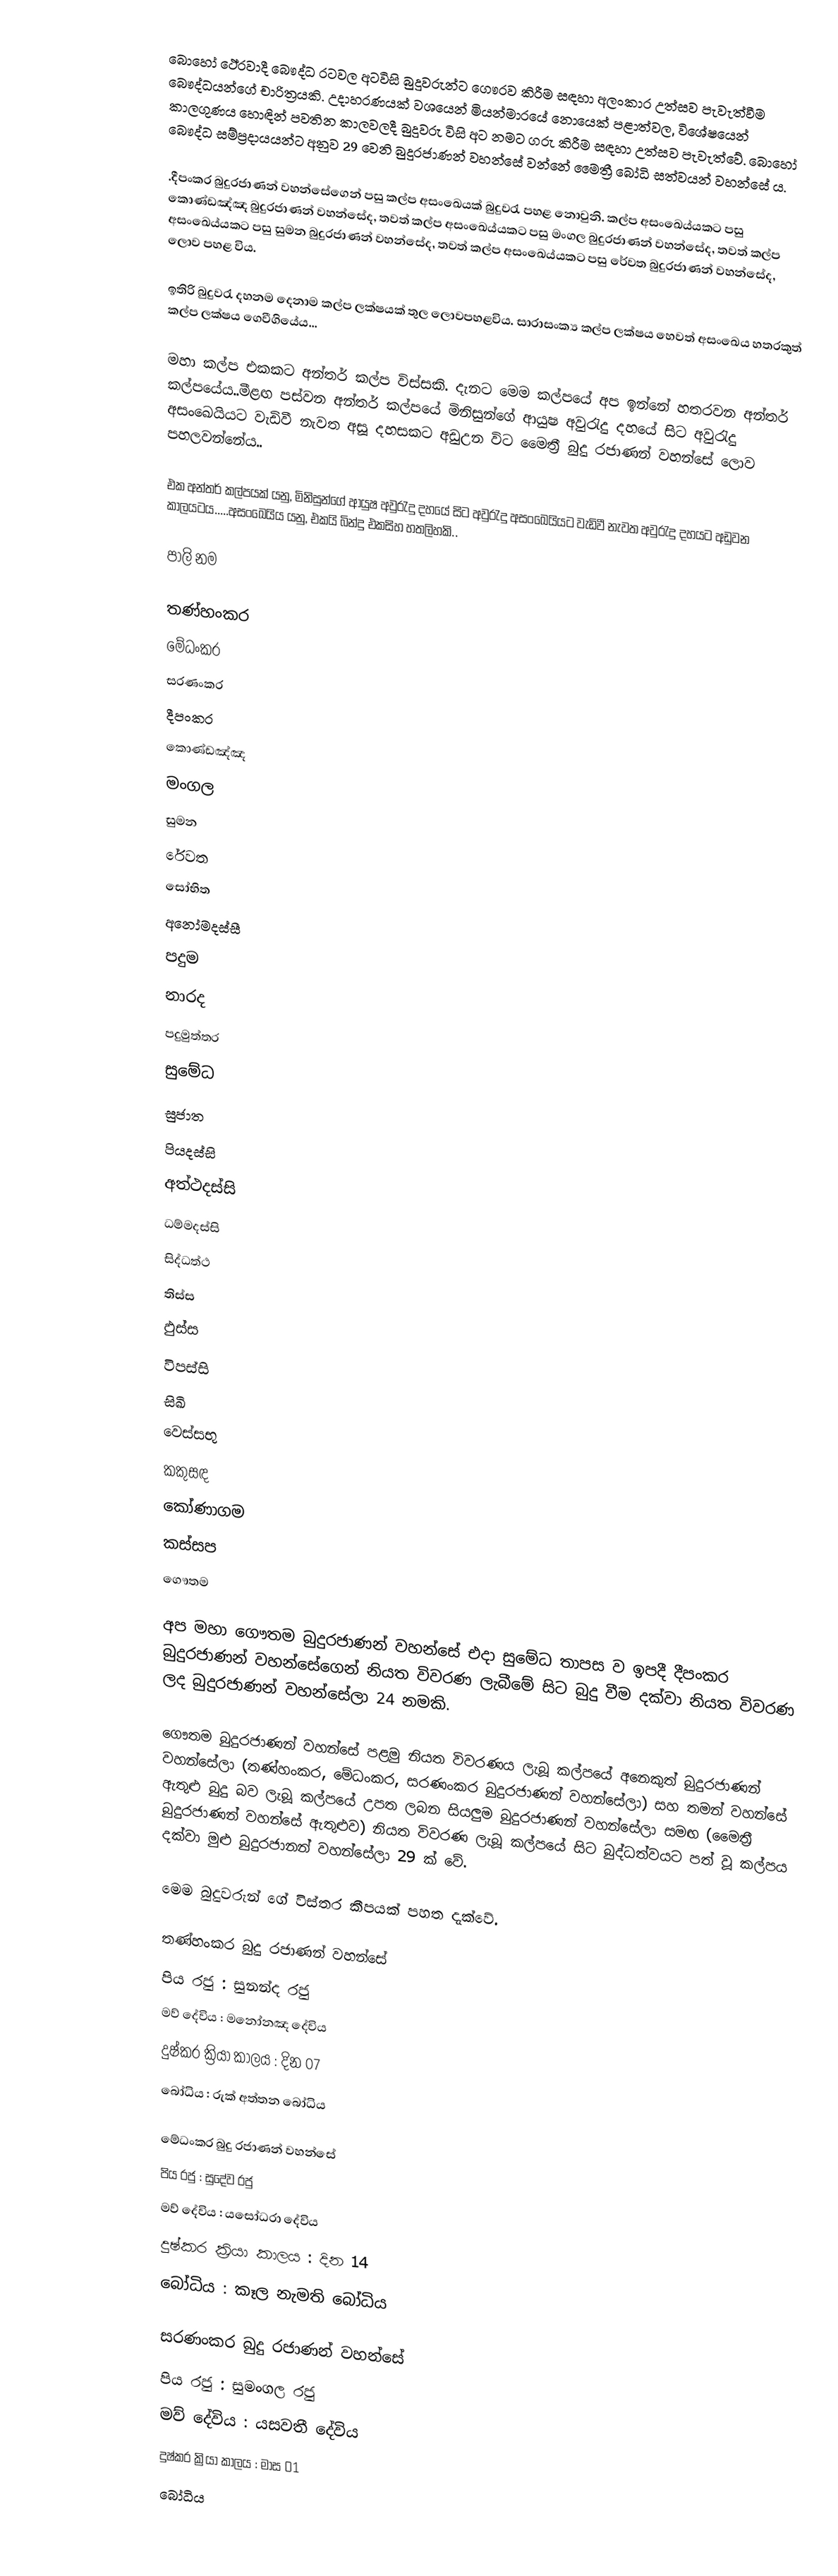
‍බොහෝ ථේරවාදී බෞද්ධ රටවල අටවිසි බුදුවරුන්ට ගෞරව කිරීම සඳහා අලංකාර උත්සව පැවැත්වීම බෞද්ධයන්ගේ චාරිත්‍රයකි. උදාහරණයක් වශයෙන් මියන්මාරයේ නොයෙක් පළාත්වල, විශේෂයෙන් කාලගුණය හොඳින් පවතින කාලවලදී බුදුවරු විසි අට නමට ගරු කිරීම සඳහා උත්සව පැවැත්වේ. බොහෝ බෞද්ධ සම්ප්‍රදායයන්ට අනුව 29 වෙනි බුදුරජාණන් වහන්සේ වන්නේ මෛත්‍රී බෝධි සත්වයන් වහන්සේ ය.

.දීපංකර බුදුරජාණන් වහන්සේගෙන් පසු කල්ප අසංඛෙයක් බුදුවරැ පහළ නොවුනි. කල්ප අසංඛෙය්යකට පසු කොණ්ඩඤ්ඤ බුදුරජාණන් වහන්සේද, තවත් කල්ප අසංඛෙය්යකට පසු මංගල බුදුරජාණන් වහන්සේද, තවත් කල්ප අසංඛෙය්යකට පසු සුමන බුදුරජාණන් වහන්සේද, තවත් කල්ප අසංඛෙය්යකට පසු රේවත බුදුරජාණන් වහන්සේද, ලොව පහළ විය.

ඉතිරි බුදුවරැ දහනම දෙනාම කල්ප ලක්ෂයක් තුල ලොවපහළවිය. සාරාසංක්‍ය කල්ප ලක්ෂය හෙවත් අසංඛෙය හතරකුත් කල්ප ලක්ෂය ගෙවීගියේය...

මහා කල්ප එකකට අන්තර් කල්ප විස්සකි. දැනට මෙම කල්පයේ අප ඉන්නේ හතරවන අන්තර් කල්පයේය..මීළඟ පස්වන අන්තර් කල්පයේ මිනිසුන්ගේ ආයුෂ අවුරැදු දහයේ සිට අවුරැදු අසංඛෙයියට වැඩිවී  නැවත අසූ දහසකට අඩුඋන විට මෛත්‍රී බුදු රජාණන් වහන්සේ ලොව පහලවන්නේය..

එක අන්තර් කල්පයක් යනු, මිනිසුන්ගේ ආයුෂ අවුරැදු දහයේ සිට අවුරැදු අසංඛෙයියට වැඩිවී  නැවත අවුරැදු දහයට අඩුවන  කාලයටය.....අසංඛෙයිය යනු, එකයි බින්දු එකසිහ හතලිහකි..

පාලි නම

තණ්හංකර
මේධංකර
සරණංකර
දීපංකර
කොණ්ඩඤ්ඤ
මංගල
සුමන
රේවත
සෝභිත
අනෝමදස්සී
පදුම
නාරද
පදුමුත්තර
සුමේධ
 සුජාත
පියදස්සි
 අත්ථදස්සි
ධම්මදස්සි
සිද්ධත්ථ
තිස්ස
ඵුස්ස
විපස්සි
සිඛි
 වෙස්සභු
කකුසඳ
කෝණාගම
කස්සප
 ගෞතම

අප මහා ගෞතම බුදුරජාණන් වහන්සේ එදා සුමේධ තාපස ව ඉපදී දීපංකර බුදුරජාණන් වහන්සේගෙන් නියත විවරණ ලැබීමේ සිට බුදු වීම දක්වා නියත විවරණ ලද බුදුරජාණන් වහන්සේලා 24 නමකි.

ගෞතම බුදුරජාණන් වහන්සේ පළමු නියත විවරණය ලැබූ කල්පයේ අනෙකුත් බුදුරජාණන් වහන්සේලා (තණ්හංකර, මේධංකර, සරණංකර බුදුරජාණන් වහන්සේලා) සහ තමන් වහන්සේ ඇතුළු බුදු බව ලැබූ කල්පයේ උපත ලබන සියලුම බුදුරජාණන් වහන්සේලා සමඟ (මෛත්‍රී  බුදුරජාණන් වහන්සේ ඇතුළුව)  නියත විවරණ ලැබූ කල්පයේ සිට බුද්ධත්වයට පත් වූ කල්පය දක්වා මුළු බුදුරජානන් වහන්සේලා 29 ක් වේ.

මෙම බුදුවරුන් ගේ විස්තර කීපයක් පහත දැක්වේ.

තණ්හංකර බුදු රජාණන් වහන්සේ
පිය රජු                   : සුනන්ද රජු
මව් දේවිය              : මනෝනඤ  දේවිය
දුෂ්කර ක්‍රියා කාලය : දින 07
බෝධිය                  : රුක් අත්තන  බෝධිය

මේධංකර බුදු රජාණන් වහන්සේ
පිය රජු                   : සුදේව රජු
මව් දේවිය              : යසෝධරා දේවිය
දුෂ්කර ක්‍රියා කාලය : දින 14
බෝධිය                  : කෑල නැමති බෝධිය

සරණංකර බුදු රජාණන් වහන්සේ
පිය රජු                   : සුමංගල රජු
මව් දේවිය              : යසවතී දේවිය
දුෂ්කර ක්‍රියා කාලය : මාස 01
බෝධිය